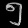
Digit: ၅